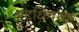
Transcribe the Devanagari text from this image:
वृद्धिपरक